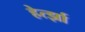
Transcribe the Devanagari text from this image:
हेर्त्झा